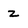
Character: Z